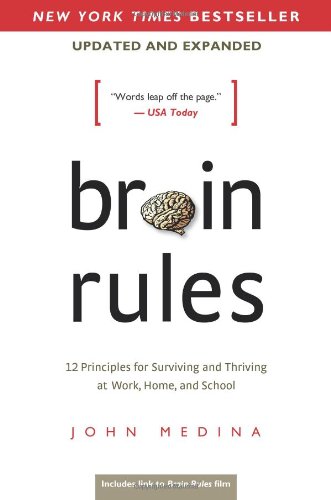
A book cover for Brain Rules (Updated and Expanded): 12 Principles for Surviving and Thriving at Work, Home, and School; John Medina; Medical Books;